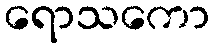
ရောသကော